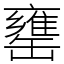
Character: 罋